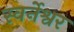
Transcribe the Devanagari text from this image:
स्वर्नेश्वर